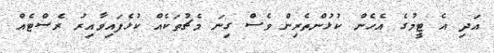
އަދި އެ ޓީމުގެ އެހެން ކުޅުންތެރިން ވެސް ގިނަ މެޗުތަކެއް ކުޅެފައިވާއިރު ރެސްޓެއް